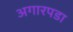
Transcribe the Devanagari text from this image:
अगारपडा